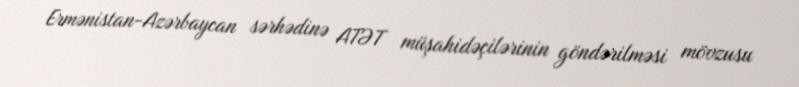
Ermənistan-Azərbaycan sərhədinə ATƏT müşahidəçilərinin göndərilməsi mövzusu